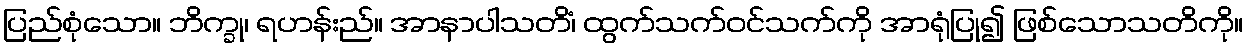
ပြည်စုံသော။ ဘိက္ခု၊ ရဟန်းည်။ အာနာပါသတိံ၊ ထွက်သက်ဝင်သက်ကို အာရုံပြု၍ ဖြစ်သောသတိကို။